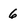
Character: 6